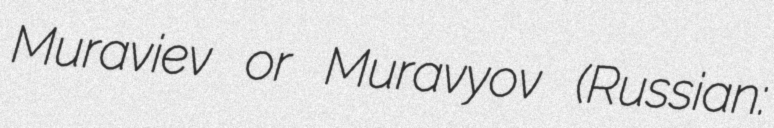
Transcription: Muraviev or Muravyov (Russian: